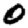
Digit: 0